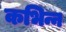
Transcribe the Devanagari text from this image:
कभिन्न